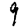
Digit: 9